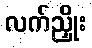
လက်ညှိုး